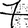
Digit: 7